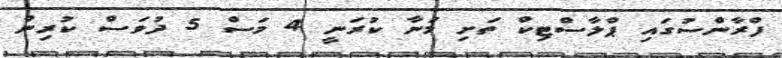
ފްރާންސުގައި ޕްލާސްޓިކް ތަށި މަނާ ކުރަނީ 4 މަސް 5 ދުވަސް ކުރިން